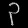
Digit: ၃